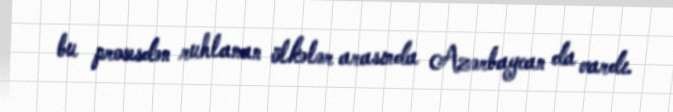
bu prosesdən ruhlanan ölkələr arasında Azərbaycan da vardı.